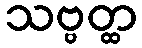
သဗ္ဗတ္ထ